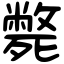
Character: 斃